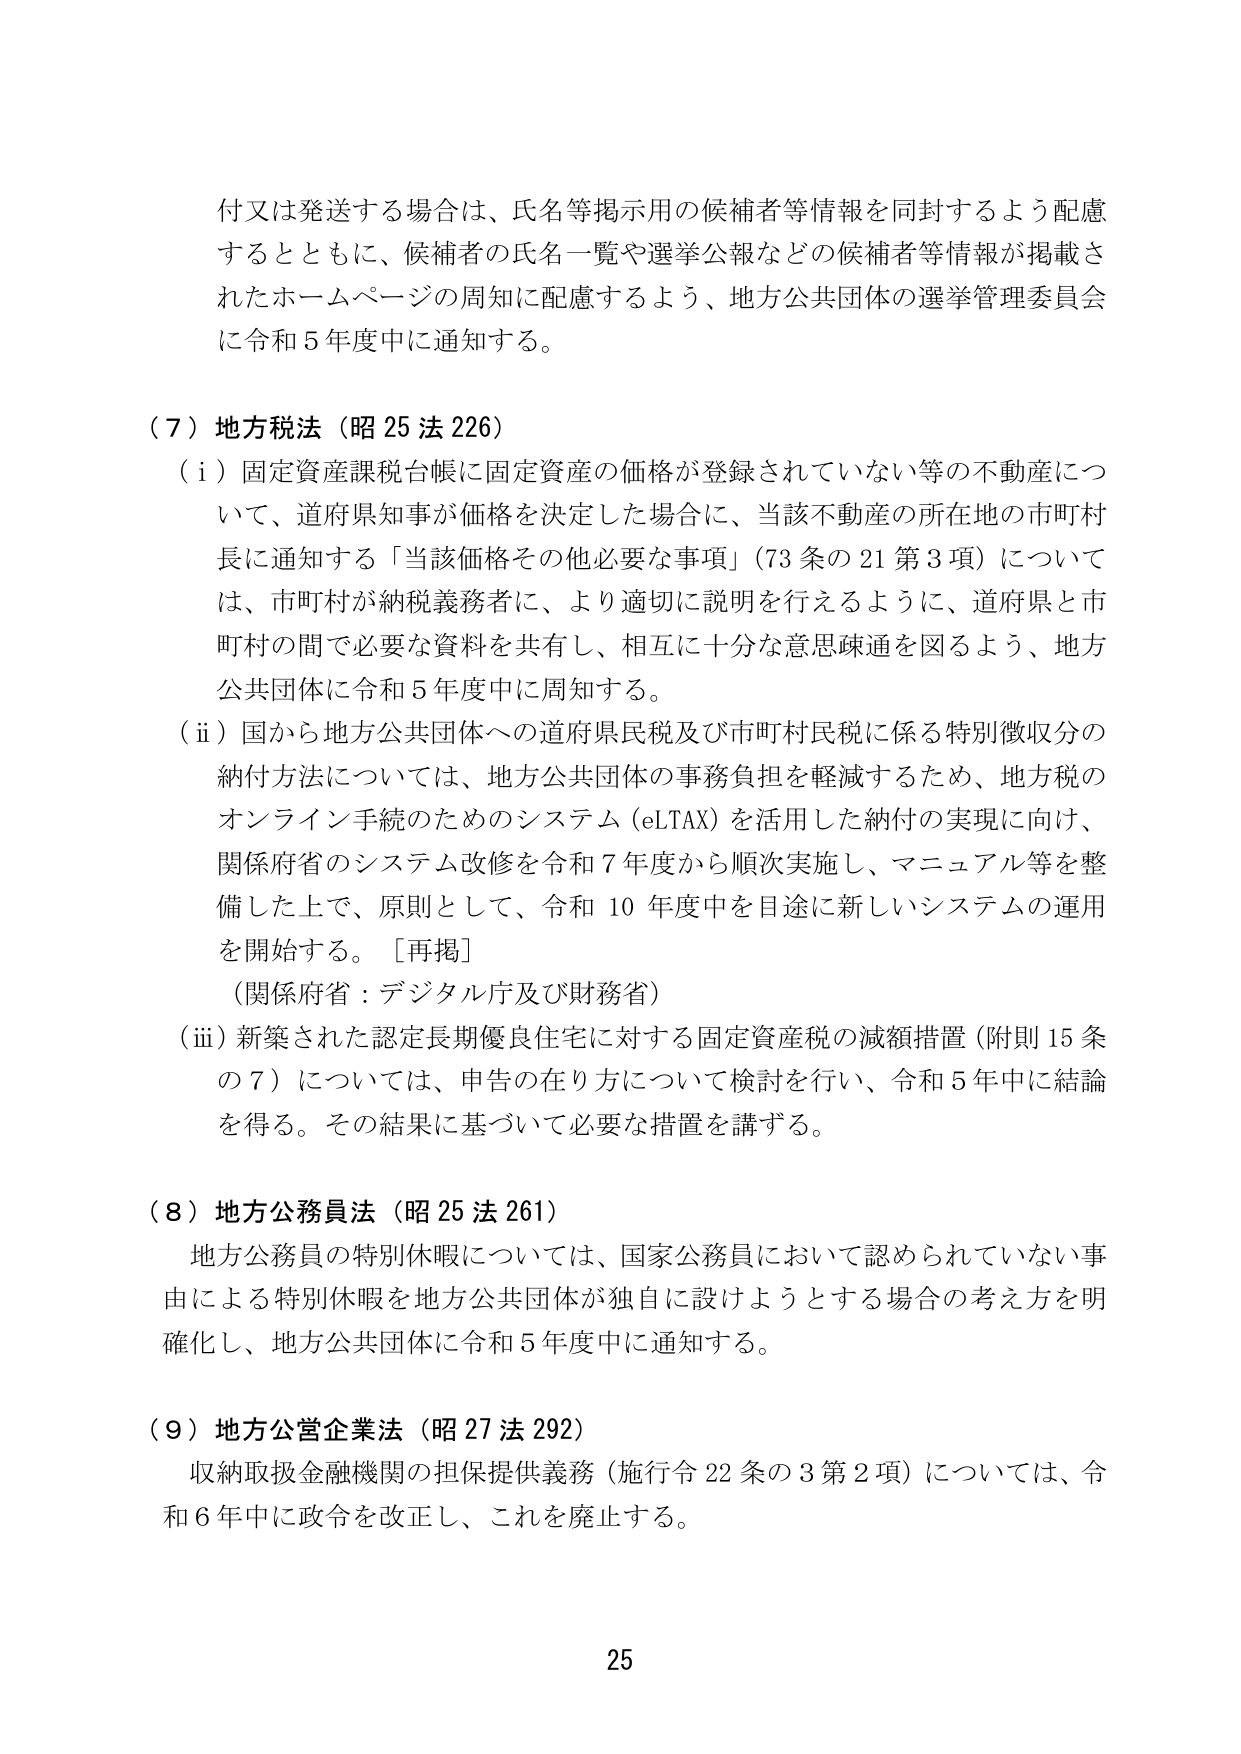
付又は発送する場合は、氏名等掲示用の候補者等情報を同封するよう配慮するとともに、候補者の氏名一覧や選挙公報などの候補者等情報が掲載されたホームページの周知に配慮するよう、地方公共団体の選挙管理委員会に令和5年度中に通知する。

（７）地方税法（昭25法226）
（ⅰ）固定資産課税台帳に固定資産の価格が登録されていない等の不動産について、道府県知事が価格を決定した場合に、当該不動産の所在地の市町村長に通知する「当該価格その他必要な事項」（73条の21第3項）については、市町村が納税義務者に、より適切に説明を行えるように、道府県と市町村の間で必要な資料を共有し、相互に十分な意思疎通を図るよう、地方公共団体に令和5年度中に周知する。
（ⅱ）国から地方公共団体への道府県民税及び市町村民税に係る特別徴収分の納付方法については、地方公共団体の事務負担を軽減するため、地方税のオンライン手続のためのシステム（eLTAX）を活用した納付の実現に向け、関係府省のシステム改修を令和7年度から順次実施し、マニュアル等を整備した上で、原則として、令和10年度中を目途に新しいシステムの運用を開始する。［再掲］
（関係府省：デジタル庁及び財務省）
（ⅲ）新築された認定長期優良住宅に対する固定資産税の減額措置（附則15条の7）については、申告の在り方について検討を行い、令和5年中に結論を得る。その結果に基づいて必要な措置を講ずる。

（８）地方公務員法（昭25法261）
地方公務員の特別休暇については、国家公務員において認められていない事由による特別休暇を地方公共団体が独自に設けようとする場合の考え方を明確化し、地方公共団体に令和5年度中に通知する。

（９）地方公営企業法（昭27法292）
収納取扱金融機関の担保提供義務（施行令22条の3第2項）については、令和6年中に政令を改正し、これを廃止する。

25